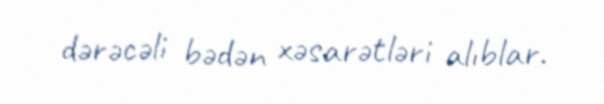
dərəcəli bədən xəsarətləri alıblar.